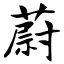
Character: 蔚